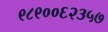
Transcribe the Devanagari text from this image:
९८९००६२३५७